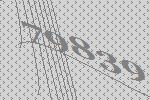
79839